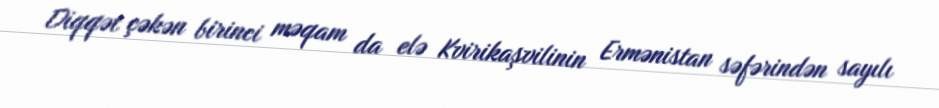
Diqqət çəkən birinci məqam da elə Kvirikaşvilinin Ermənistan səfərindən sayılı